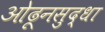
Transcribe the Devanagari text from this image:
ओढूनसुद्धा